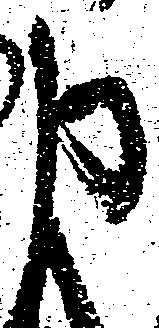
申